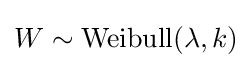
W\sim \mathrm {Weibull} (\lambda ,k)